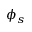
\phi _ { s }